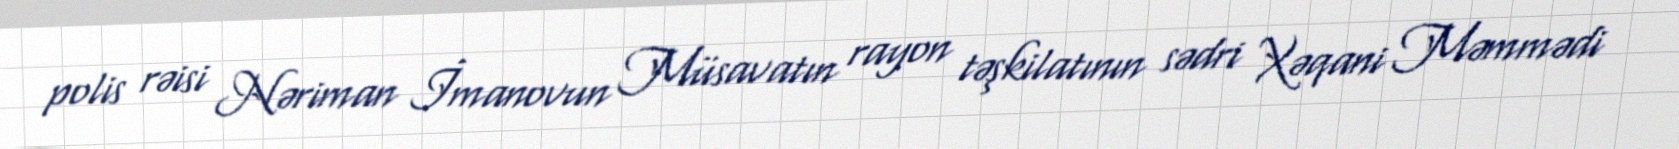
polis rəisi Nəriman İmanovun Müsavatın rayon təşkilatının sədri Xəqani Məmmədi